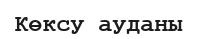
Көксу ауданы